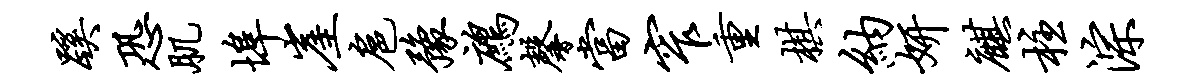
蹊恐肌埠崖扈豫鹧馨当窄重棋纳妍麒柱淙